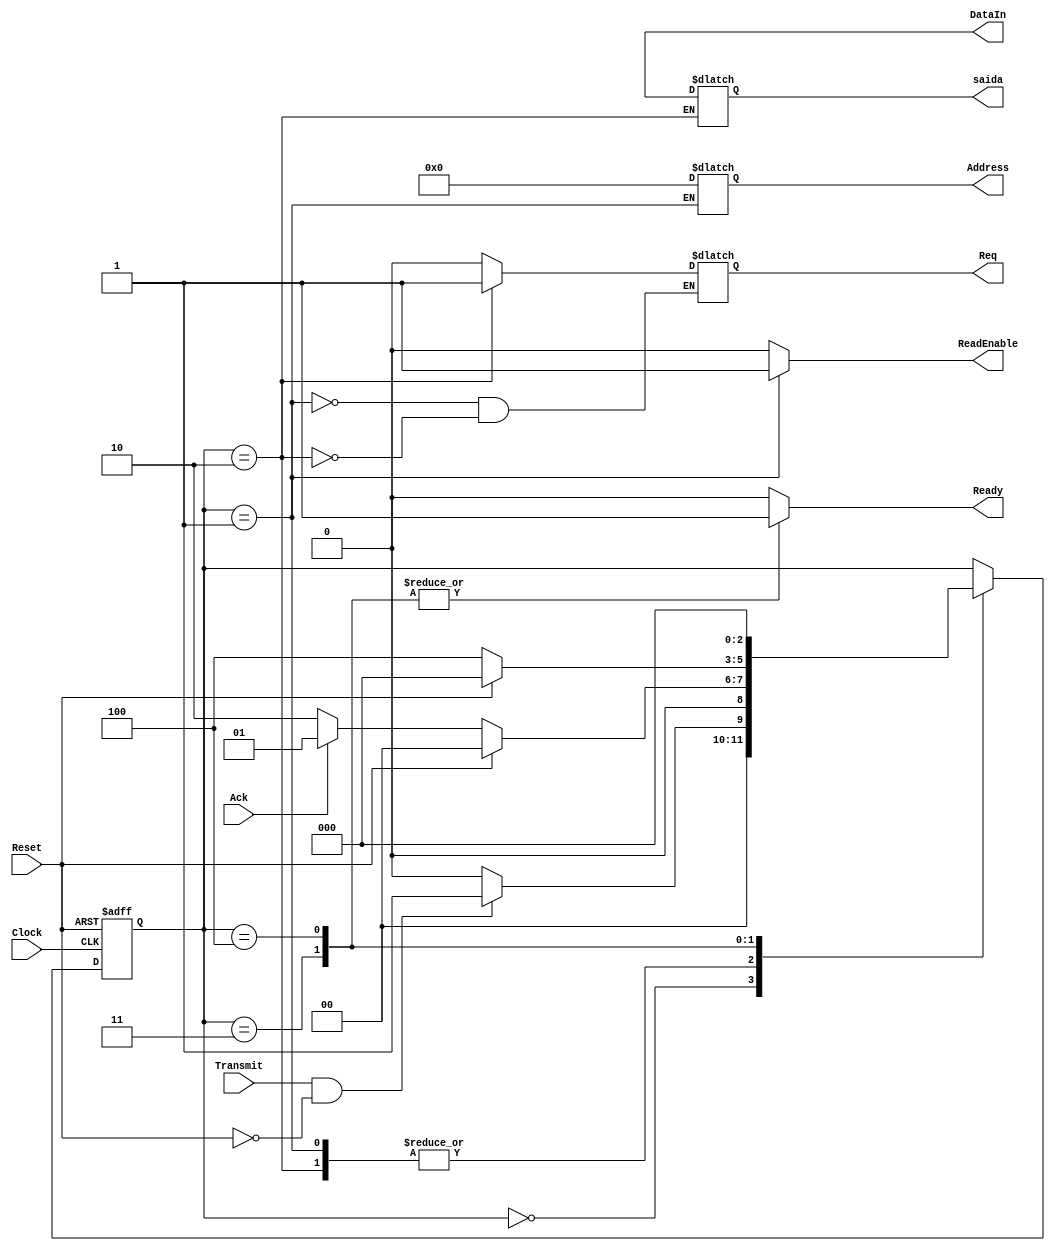
module sender (output reg Ready,
input Transmit,
input Reset,
input Clock,
output reg [15:0] DataIn,
output reg [3:0] Address,
output reg ReadEnable,
output reg [15:0] saida,
input Ack,
output reg Req);

//output reg ReadEnable, Ready, Req;
//
//input Transmit, Reset, Clock, Ack;
//

//
////Endereos de memoria com profundidade de 16 endereos, para enderear 16 posies precisamos de 4 bits
//output reg [3:0] Address;
//
//
////Saida do Sender
//output reg [15:0] saida;
//
////Data in da Memoria para o sender
//output reg [15:0] DataIn;


////Variaveis auxiliares do contador

reg [3:0] CountAddress;
reg		 CountFlag;



// Estados
parameter	StateReset 			= 0,
				Sender_Memory 		= 1,
				Sender_Control 	= 2,
				StateReady			= 3,
				StateReadyCount	= 4;
				
// Registrador de estados
reg [2:0] Estado;
				
// Estado inicial
initial begin

	Estado <= StateReset; 
	
end


// Decodificador de proximo estado

always @(posedge Clock, posedge Reset)

	begin
		if(Reset == 1)
		
			Estado <= StateReset;
			
		else begin
			case(Estado)
			
				StateReset: 
					begin
					
						//colocar as variaveis auxiliares como 0
					
						if(Transmit == 1 && Reset == 0) 
							Estado <= Sender_Memory;
						else
							Estado <= StateReset;
						
					end
					
				Sender_Memory: 
					begin
					
						//ativa readEnable
						//atribui Contator para address
						//passa o estado (porque s no proximo pulso
						//a saida vai ter o valor do dado em DataIn)
						
						if(Reset == 1)
							Estado <= StateReset;
						else if(CountAddress == 0 && CountFlag == 1'b1)
							Estado <= StateReady;
						else if(Ack == 0)
							Estado <= Sender_Control;
						else Estado <= Sender_Memory;
						
					end
					
				Sender_Control: 
					begin
					
						//Atribui DataIn para a saida
						//soma um em CountAdrees
						//se CountAddress == 15 atribui 1 para CountFlag
					
						if(Reset == 1)
							Estado <= StateReset;
						
						else if(Ack == 1)
							Estado <= Sender_Memory;
					
						else Estado <= Sender_Control;
						
					end
					
				StateReady: 
					begin
					
						//Sinal de ready ser 1
						
						if(Reset == 1)
							Estado <= StateReset;
						
						else 
							Estado <= StateReadyCount;
						
					end
					
				StateReadyCount: 
					begin
					
						Estado <= StateReset;
						
					end
					
			endcase
		end

	end



	
	
// Decodificador de Saida 

always @(Estado)
	begin
						//atribuies default
						ReadEnable 		= 0;
						Ready 			= 0;
						CountFlag 		= 0;
						CountAddress 	= 0; 
			
			case(Estado)
			
				StateReset: 
					begin
					
						//colocar as variaveis auxiliares como 0, atribuies default
						//e as saidas tambm como 0
					
						ReadEnable 		= 0;
						Ready 			= 0;
						CountFlag 		= 0;
						CountAddress 	= 0; 
						
					end
					
				Sender_Memory: 
					begin
					
						//ativa readEnable
						//atribui Contator para address
						//passa o estado (porque s no proximo pulso
						//a saida vai ter o valor do dado em DataIn)
						
						Req = 0;
						ReadEnable 	= 1;
						Address = CountAddress;
						
					end
					
				Sender_Control: 
					begin
					
						//Atribui DataIn para a saida
						//soma um em CountAdrees
						//se CountAddress == 15 atribui 1 para CountFlag
						Req = 1; 
						ReadEnable 	= 0;
						saida = DataIn;
						CountAddress = CountAddress + 1'b1;
						
						if(CountAddress == 15) 
							CountFlag = 1;
					
					end
					
				StateReady: 
					begin
					
						//Sinal de ready ser 1
						
						Ready = 1;
						
					end
					
				StateReadyCount: 
					begin
					
						Ready = 1;
						
					end
					
			endcase
	end
		
endmodule